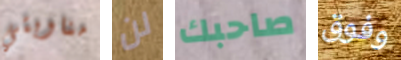
مناوبتي لن صاحبك وفوق